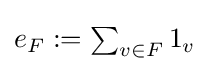
{\textstyle e_{F}:=\sum _{v\in F}1_{v}}